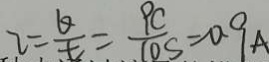
I = \frac { Q } { t } = \frac { 9 C } { 1 0 s } = 0 . 9 A